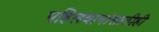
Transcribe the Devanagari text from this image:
पहिलवानांसाठीही